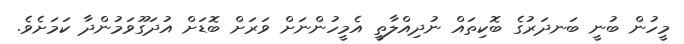
މީހުން ބުނީ ބަނދަރުގެ ބޮކިތައް ނުދިއްލާތީ އެމީހުންނަށް ވަރަށް ބޮޑަށް އުދަގޫވަމުންދާ ކަމަށެވެ.